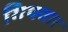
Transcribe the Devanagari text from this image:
गिफ्तार